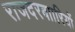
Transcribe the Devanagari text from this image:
राजदरबाारियों